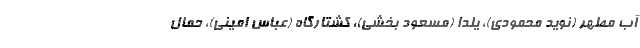
آب مطهر (نوید محمودی)، یلدا (مسعود بخشی)، کشتارگاه (عباس امینی)، حمال